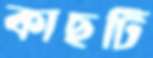
কাছটি